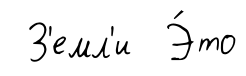
З'емл'и Э́то